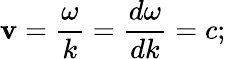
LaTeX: \mathbf{v}={\frac{{\omega}}{{k}}}={\frac{{d\omega}}{{dk}}}=c;